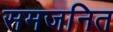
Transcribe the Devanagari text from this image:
समजनित